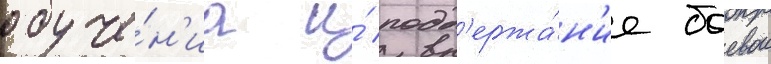
обуче́н'иа и́ подд'ержа́н'ие боевои